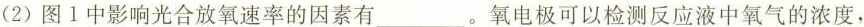
(2)图1中影响光合放氧速率的因素有___。氧电极可以检测反应液中氧气的浓度，